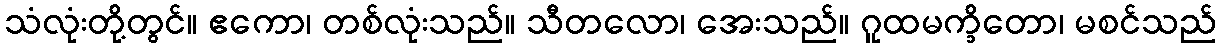
သံလုံးတို့တွင်။ ဧကော၊ တစ်လုံးသည်။ သီတလော၊ အေးသည်။ ဂူထမက္ခိတော၊ မစင်သည်